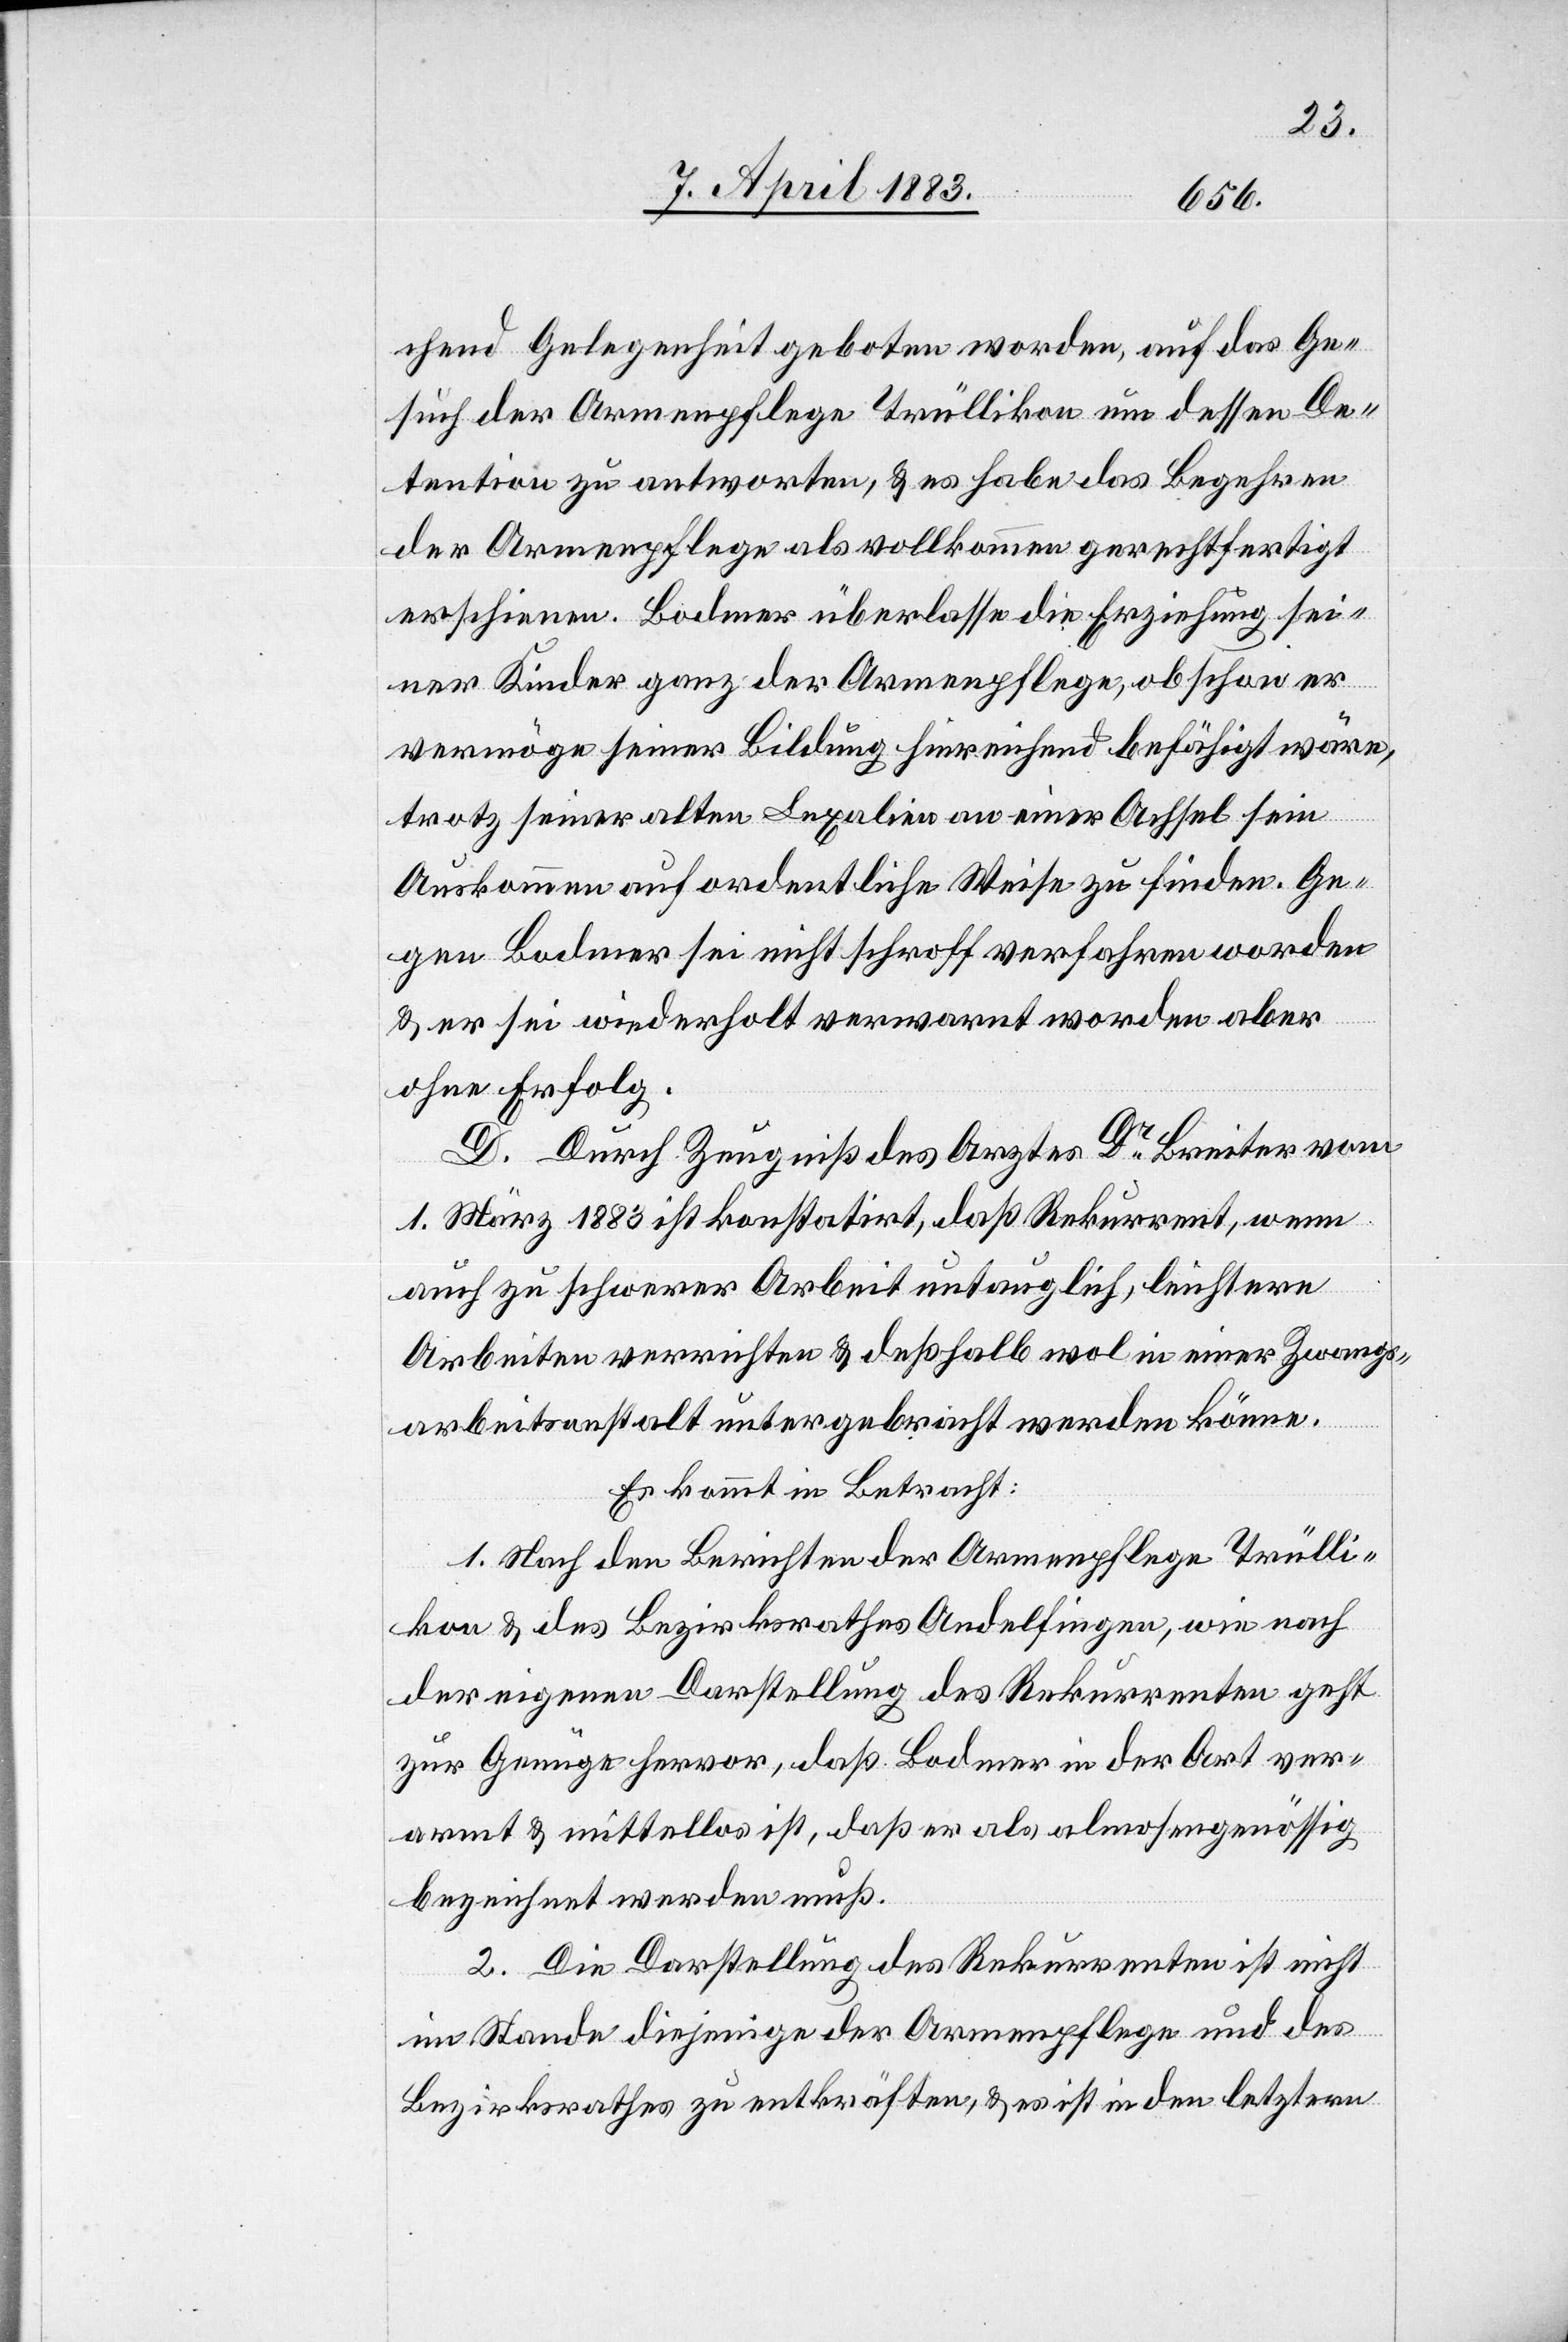
chend Gelegenheit geboten worden, auf das Ge¬
such der Armenpflege Trüllikon um dessen De¬
tention zu antworten, & es habe das Begehren
der Armenpflege als vollkommen gerechtfertigt
erschienen. Bodmer überlasse die Erziehung sei¬
ner Kinder ganz der Armenpflege, obschon er
vermöge seiner Bildung hinreichend befähigt wäre,
trotz seiner alten Lexalien an einer Achsel sein
Auskommen auf ordentliche Weise zu finden. Ge¬
gen Bodmer sei nicht schroff verfahren worden
& er sei wiederholt verwarnt worden aber
ohne Erfolg.
D. Durch Zeugniß des Arztes Dr Breiter vom
1. März 1883 ist konstatirt, daß Rekurrent, wenn
auch zu schwerer Arbeit untauglich, leichtere
Arbeiten verrichten & deßhalb wol in einer Zwangs¬
arbeitsanstalt untergebracht werden könne.
Es kommt in Betracht:
1. Nach den Berichten der Armenpflege Trülli¬
kon & des Bezirksrathes Andelfingen, wie nach
der eigenen Darstellung des Rekurrenten geht
zur Genüge hervor, daß Bodmer in der Art ver¬
armt & mittellos ist, daß er als almosengenössig
bezeichnet werden muß.
2. Die Darstellung des Rekurrenten ist nicht
im Stande diejenigen der Armenpflege zu entkräften,